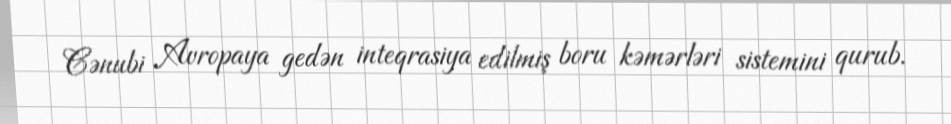
Cənubi Avropaya gedən inteqrasiya edilmiş boru kəmərləri sistemini qurub.